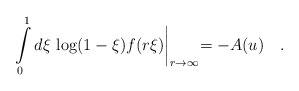
\begin{align*}\int\limits^1_0d\xi\,\log(1-\xi)f(r\xi)\biggl |_{r\to\infty}=-A(u)\quad .\end{align*}